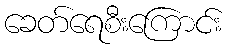
ခေတ်ရေစီးကြောင်း